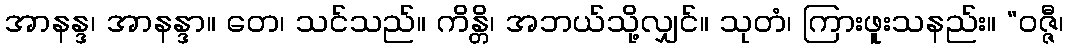
အာနန္ဒ၊ အာနန္ဒာ။ တေ၊ သင်သည်။ ကိန္တိ၊ အဘယ်သို့လျှင်။ သုတံ၊ ကြားဖူးသနည်း။ “ဝဇ္ဇီ၊